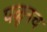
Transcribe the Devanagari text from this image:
पळूनच